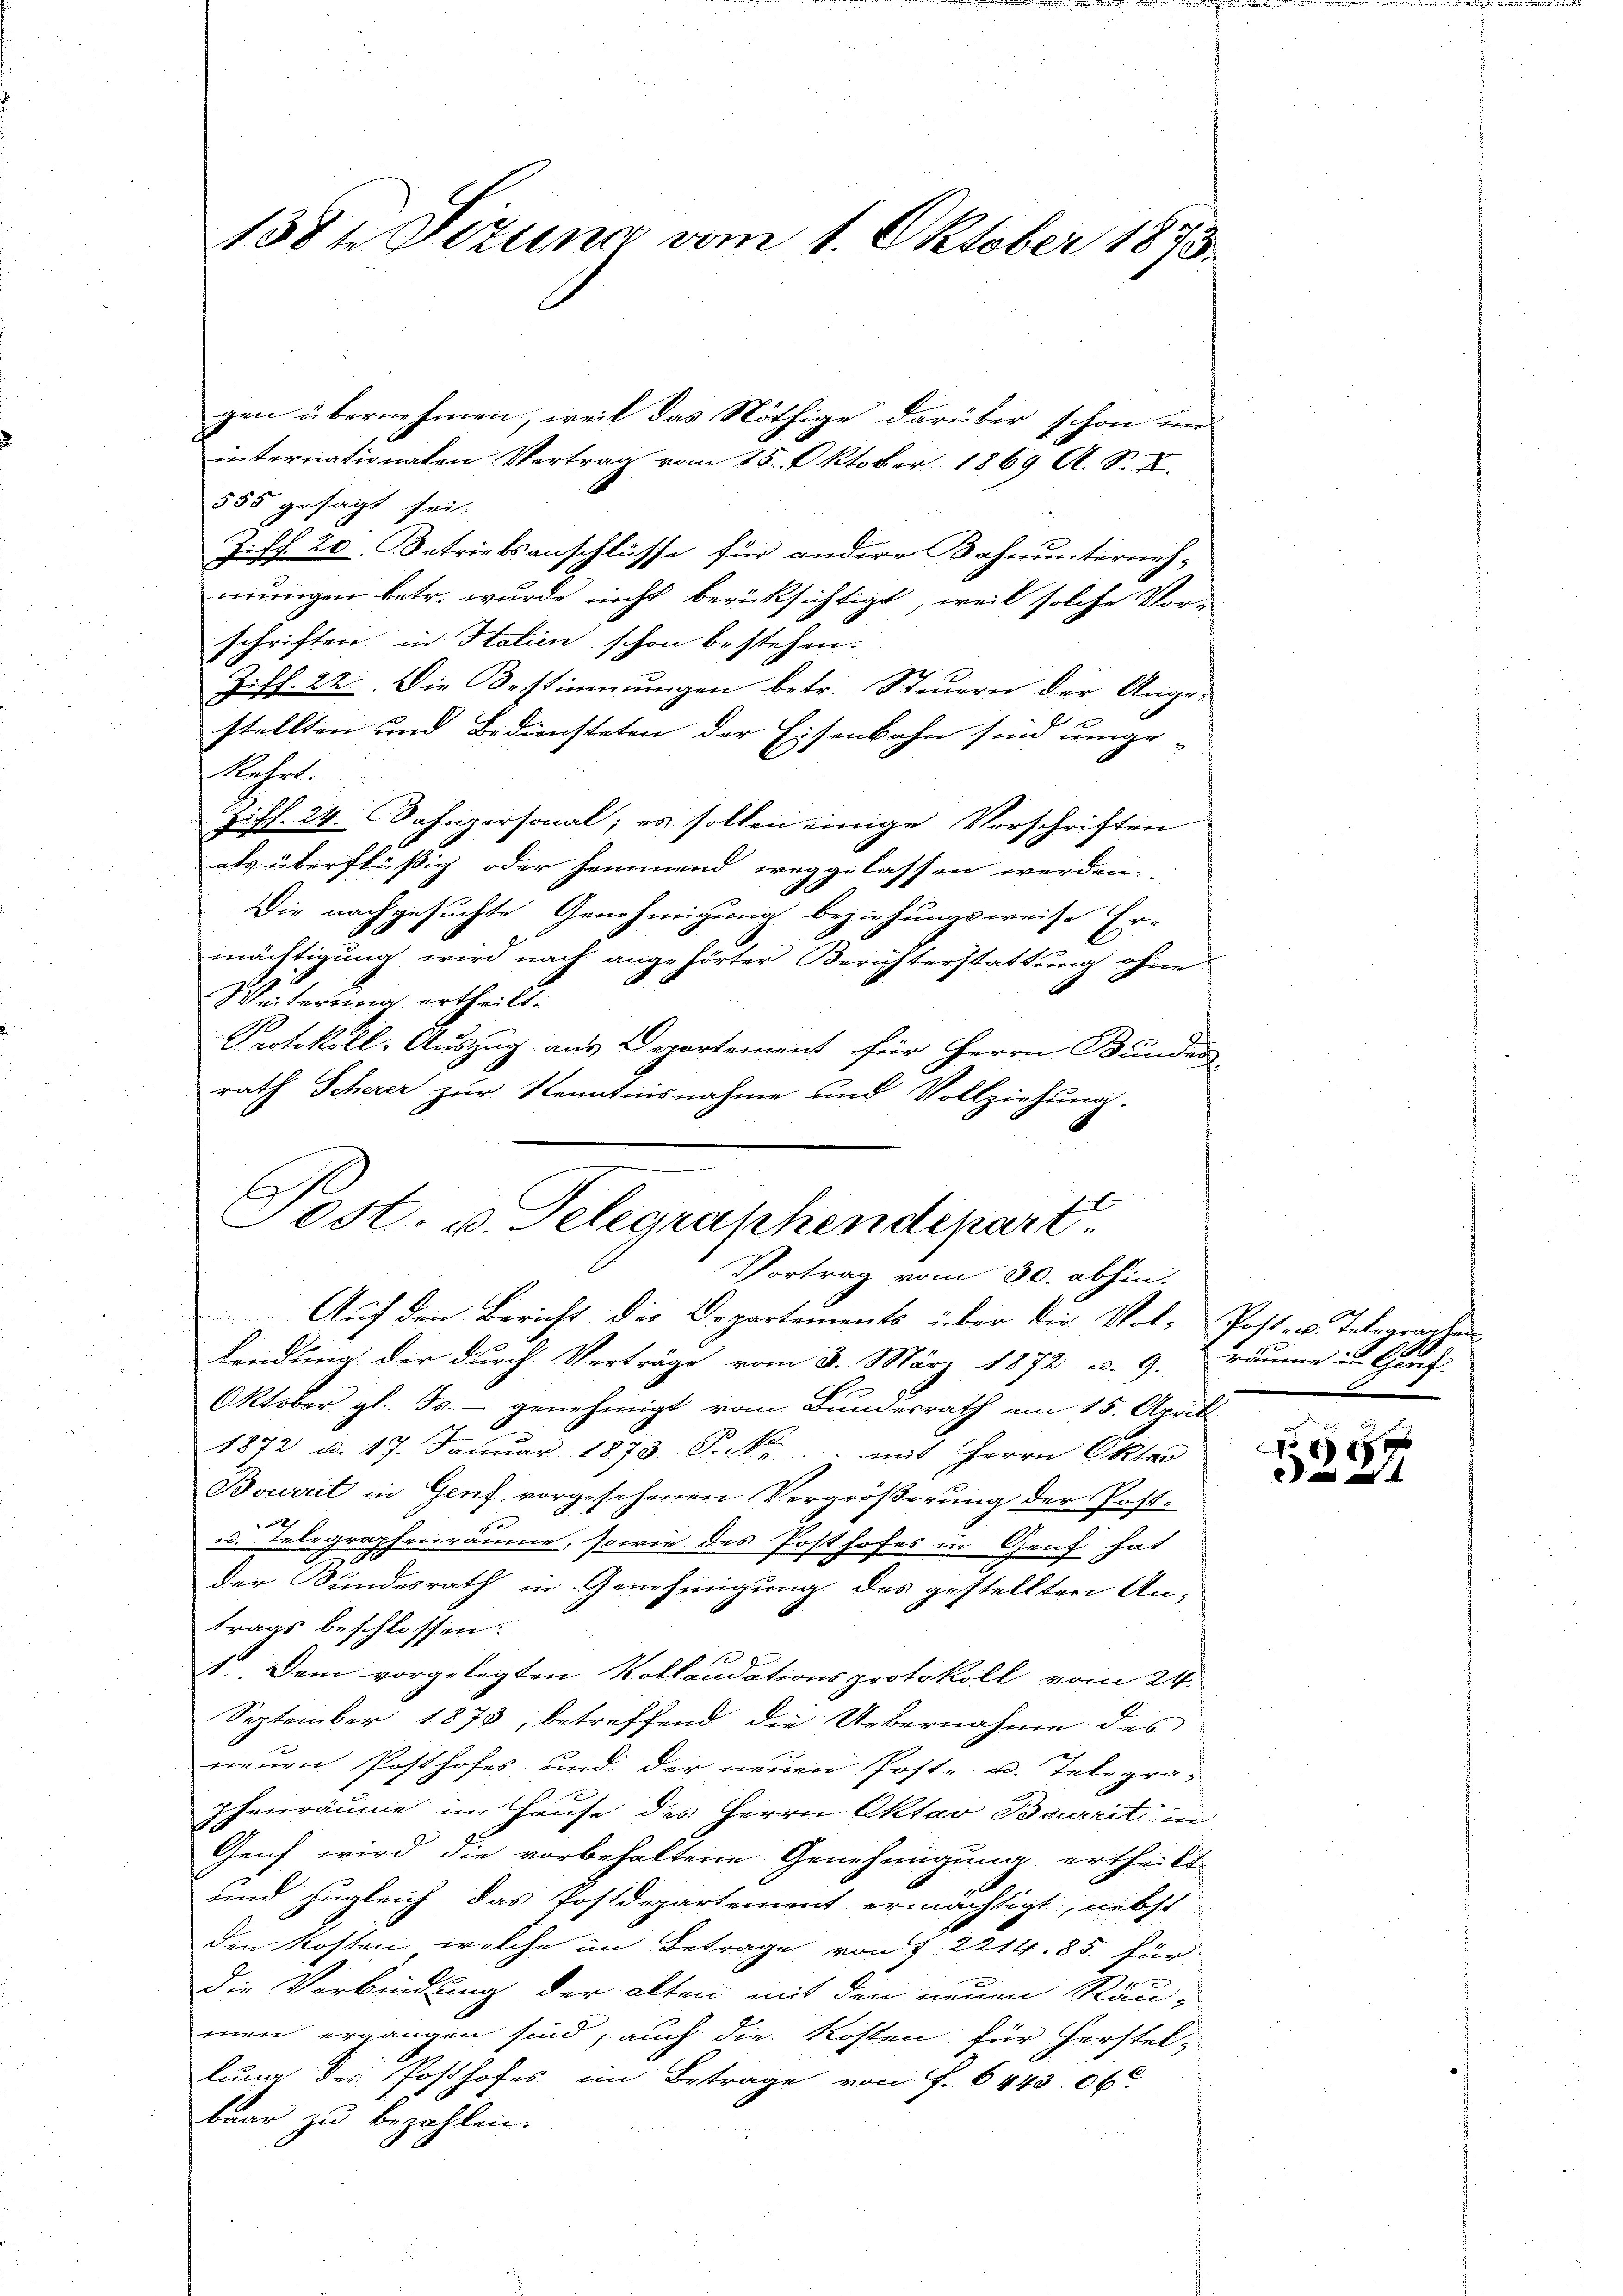
138te Sizung vom 1. Oktober 1873.

555 gesagt sei.
Ziff. 20. Betriebsanschlüsse für andere Bahnunterneh-
mungen betr. wurde nicht berücksichtigt, weil solche Vorschriften in Statien schon bestehen.
Ziff. 22. Die Bestimmungen betr. Steuern der Ange-
stellten und Bediensteten der Eisenbahn sind umge- |
kehrt.
zifl. 24. Dahnpersonal; es sollen einige Vorschriften
als überflüßig oder sammend weggelassen werden.
Die nachgesuchte Genehmigung beziehungsweise Er-
mächtigung wird nach angehörter Berichterstattung ohne
Weiterŭng ertheilt.
Protokoll-Auszug aus Departement für Herrn Bunden
rath Scherer zur Kenntnisnahme und Vollziehung.
lendung der durch Verträge vom 8. März 1872 u. 9. Bäume in Buch
Oktober gl. Js. genehmigt vom Bundesrath am 15. April
1872 d. 17. Januar 1873 S. mit Herrn Oktan
Bouerit in Genf vorgesehenen Vergrößerung der Post¬
2
x
u. Telegraphenräume, sowie des Posthofes in Genf hat
der Bundesrath in Genehmigung des gestellten An-
trags beschlossen.
1. Dem vorgelegten Kollaudationsprotokoll vom 24.
September 1875, betreffend die Uebernahme des
neuen Posthofes und der neuen Post- u. Telegra-
phenräume im Hause des Herrn Oktar Bauerit, in
Genf wird die vorbehaltene Genehmigung ertheilt
und zugleich das Postdepartement ermächtigt, nebst
den Kosten, welche im Betrage von § 2214. 85 für
Die Verbindung der alten mit den neuen Räu-
men ergangen sind, auch die Kosten für Herstel
lung des Posthofes im Betrage von f. 644506
baar zu bezahlen.

gen übernehmen, weil das Nöthige darüber schon im
internationalen Vertrag vom 15. Oktober 1869 A. S. X.

Post. u. Telegraphendepart
Vortrag vom 30. abhin.
Auf den Bericht des Departements über die Vol-Post- u. Telearacken

447
a